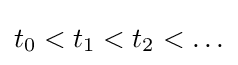
t_{0}<t_{1}<t_{2}<\ldots